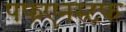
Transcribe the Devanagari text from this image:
पफएनस्टफ